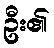
ဦး၏